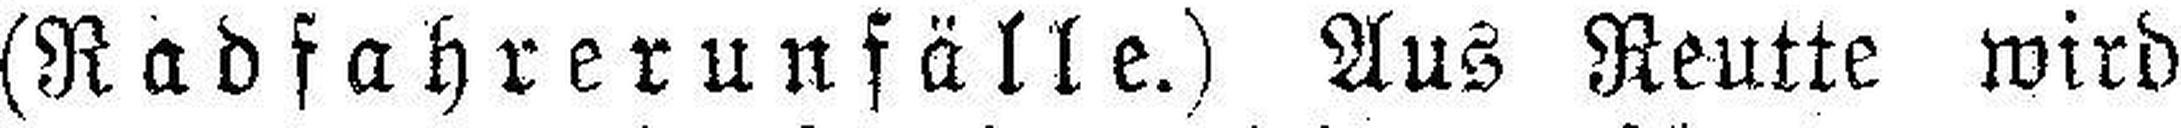
(Radfahrerunfälle.) Aus Reutte wird